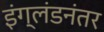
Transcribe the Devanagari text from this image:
इंग्लंडनंतर